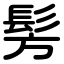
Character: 髣